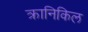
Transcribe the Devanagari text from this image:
क्रानिकिल